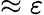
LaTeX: \approx\varepsilon